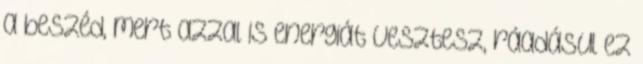
a beszéd, mert azzal is energiát vesztesz, ráadásul ez